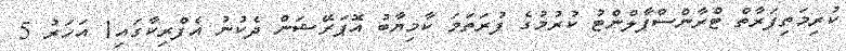
ކުރިމަތިފަރާތް ޓްރާންސްޕާލްންޓު ކުރުމުގެ ފުރަތަމަ ކާމިޔާބު އޮޕަރޭޝަން ދެކުނު އެފްރިކާގައި1 އަހަރު 5